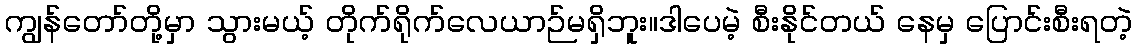
ကျွန်တော်တို့မှာ သွားမယ့် တိုက်ရိုက်လေယာဉ်မရှိဘူး။ဒါပေမဲ့ စီးနိုင်တယ် နေမှ ပြောင်းစီးရတဲ့